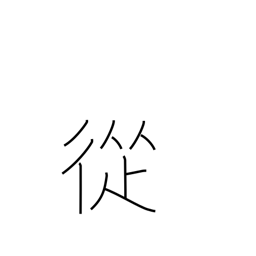
Meaning: through